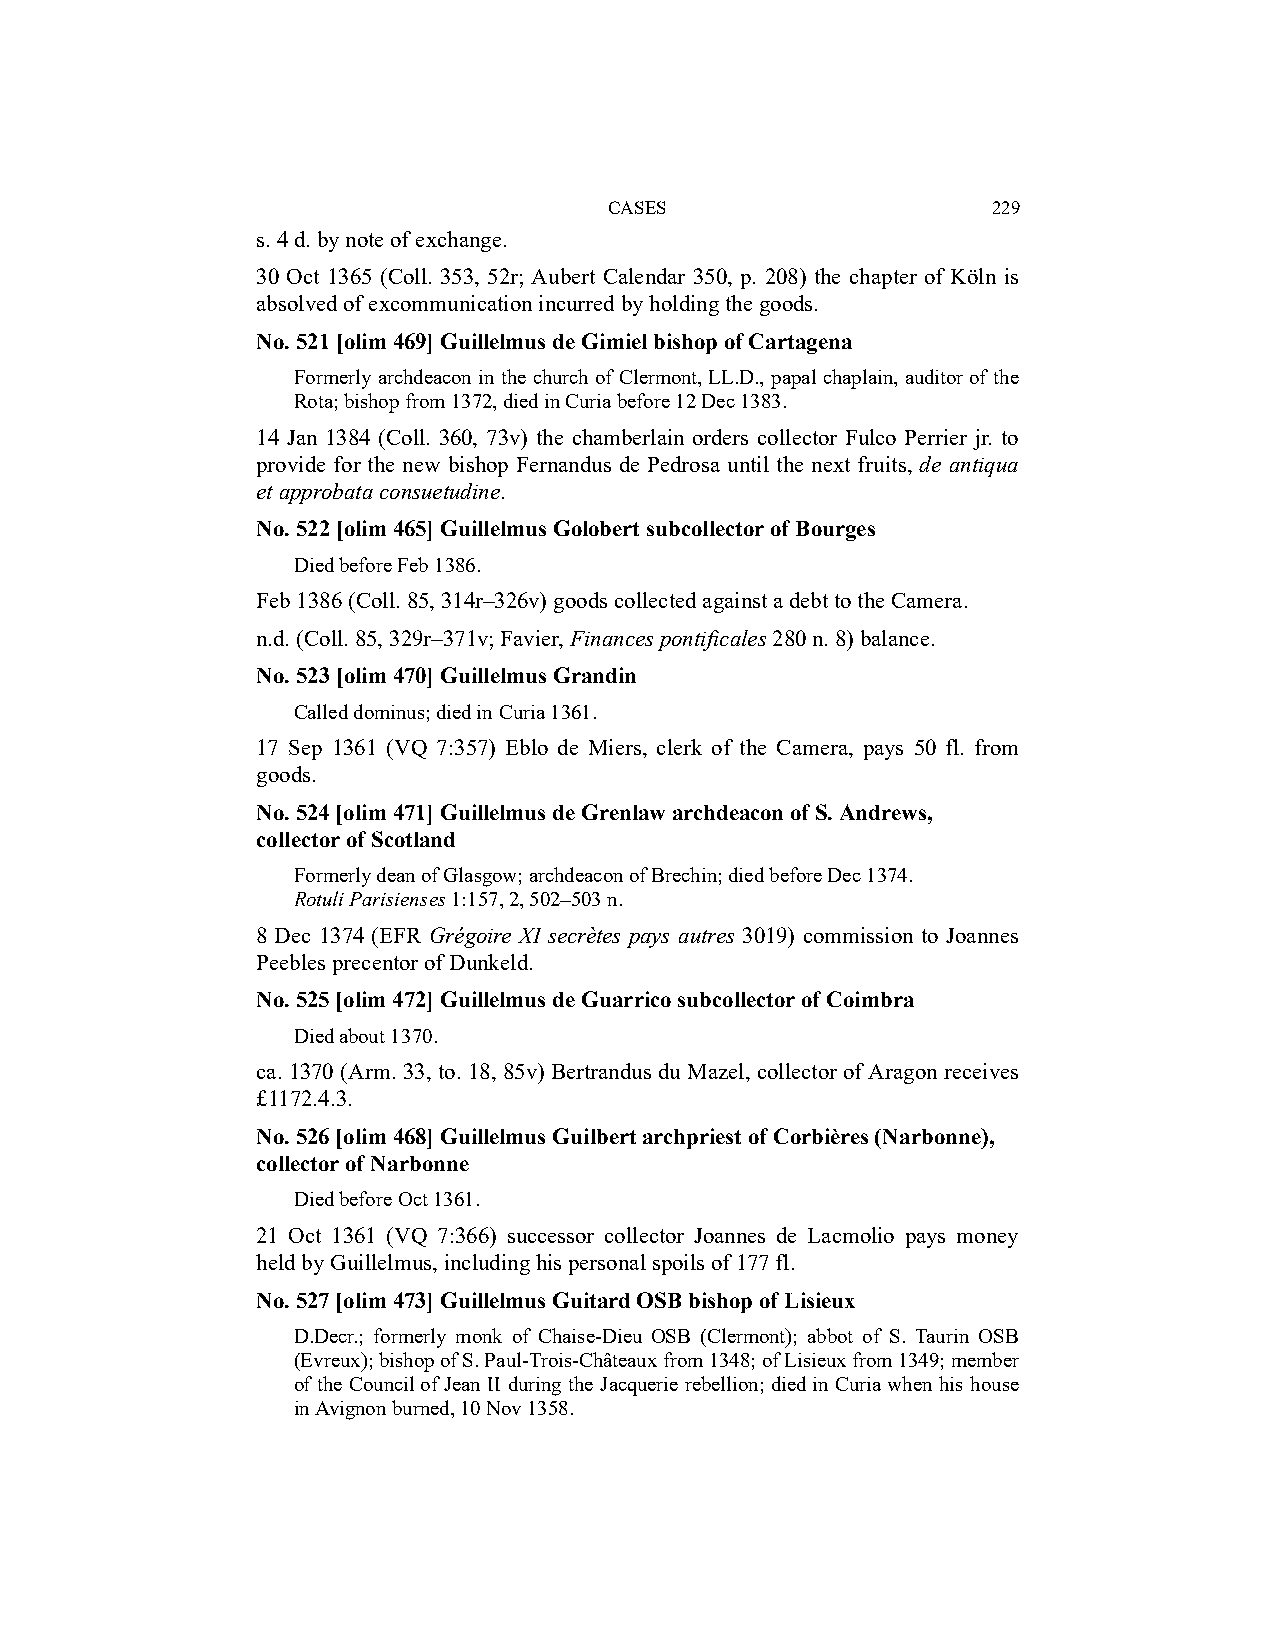
CASES                     229
 s. 4 d. by note of exchange.
 30 Oct 1365 (Coll. 353, 52r; Aubert Calendar 350, p. 208) the chapter of Köln is
 absolved of excommunication incurred by holding the goods.
 No. 521 [olim 469] Guillelmus de Gimiel bishop of Cartagena
 Formerly archdeacon in the church of Clermont, LL.D., papal chaplain, auditor of the
 Rota; bishop from 1372, died in Curia before 12 Dec 1383.
 14 Jan 1384 (Coll. 360, 73v) the chamberlain orders collector Fulco Perrier jr. to
 provide for the new bishop Fernandus de Pedrosa until the next fruits, de antiqua
 et approbata consuetudine.
 No. 522 [olim 465] Guillelmus Golobert subcollector of Bourges
 Died before Feb 1386.
 Feb 1386 (Coll. 85, 314r–326v) goods collected against a debt to the Camera.
 n.d. (Coll. 85, 329r–371v; Favier, Finances pontificales 280 n. 8) balance.
 No. 523 [olim 470] Guillelmus Grandin
 Called dominus; died in Curia 1361.
 17 Sep 1361 (VQ 7:357) Eblo de Miers, clerk of the Camera, pays 50 fl. from
 goods.
 No. 524 [olim 471] Guillelmus de Grenlaw archdeacon of S. Andrews,
 collector of Scotland
 Formerly dean of Glasgow; archdeacon of Brechin; died before Dec 1374.
 Rotuli Parisienses 1:157, 2, 502–503 n.
 8 Dec 1374 (EFR Grégoire XI secrètes pays autres 3019) commission to Joannes
 Peebles precentor of Dunkeld.
 No. 525 [olim 472] Guillelmus de Guarrico subcollector of Coimbra
 Died about 1370.
 ca. 1370 (Arm. 33, to. 18, 85v) Bertrandus du Mazel, collector of Aragon receives
 £1172.4.3.
 No. 526 [olim 468] Guillelmus Guilbert archpriest of Corbières (Narbonne),
 collector of Narbonne
 Died before Oct 1361.
 21 Oct 1361 (VQ 7:366) successor collector Joannes de Lacmolio pays money
 held by Guillelmus, including his personal spoils of 177 fl.
 No. 527 [olim 473] Guillelmus Guitard OSB bishop of Lisieux
 D.Decr.; formerly monk of Chaise-Dieu OSB (Clermont); abbot of S. Taurin OSB
 (Evreux); bishop of S. Paul-Trois-Châteaux from 1348; of Lisieux from 1349; member
 of the Council of Jean II during the Jacquerie rebellion; died in Curia when his house
 in Avignon burned, 10 Nov 1358.